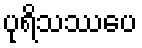
ပုရိသဿပေ